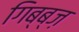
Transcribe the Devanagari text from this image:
गिब्ब्ज़